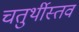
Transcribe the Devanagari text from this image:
चतुर्थीस्तव